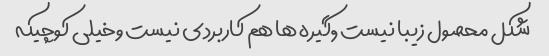
شکل محصول زیبا نیست ٬گیره ها هم کاربردی نیست وخیلی کوچیکه